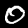
Digit: 0